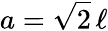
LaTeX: a=\sqrt{2}\, \ell